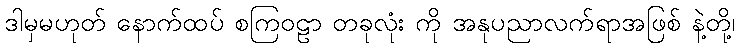
ဒါမှမဟုတ် နောက်ထပ် စကြဝဠာ တခုလုံး ကို အနုပညာလက်ရာအဖြစ် နဲ့တို့၊